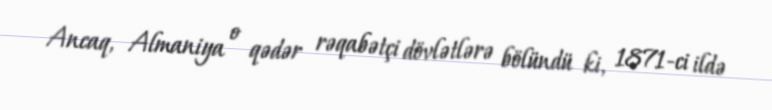
Ancaq, Almaniya o qədər rəqabətçi dövlətlərə bölündü ki, 1871-ci ildə